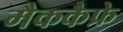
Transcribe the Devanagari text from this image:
मैककैफ्रे